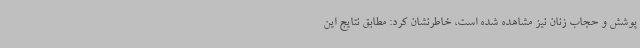
پوشش و حجاب زنان نیز مشاهده شده است، خاطرنشان کرد: مطابق نتایج این